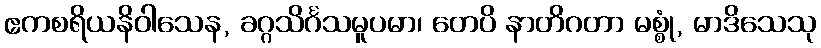
ဧကစရိယနိဝါသေန, ခဂ္ဂသိင်္ဂသမူပမာ၊ တေပိ နာတိဂတာ မစ္စုံ, မာဒိသေသု